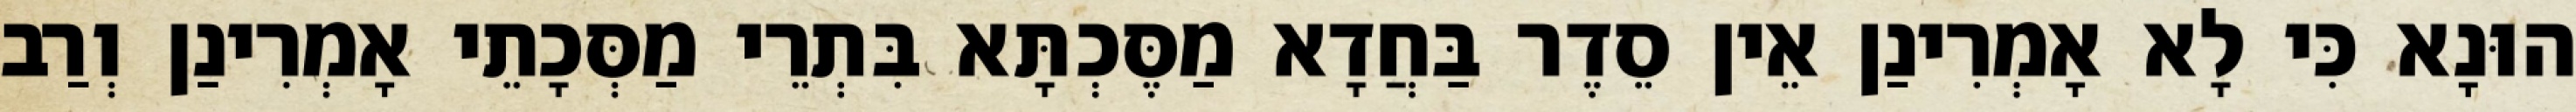
הוּנָא כִּי לָא אָמְרִינַן אֵין סֵדֶר בַּחֲדָא מַסֶּכְתָּא בִּתְרֵי מַסְּכָתֵי אָמְרִינַן וְרַב